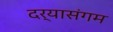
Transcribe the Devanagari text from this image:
दर्यासंगम